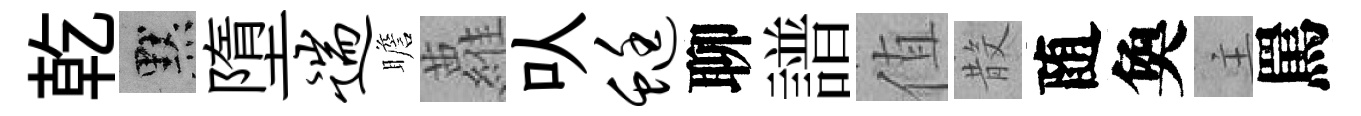
乾默墮遄瞻蘿㕥蜓聊譜值𣪚随奐主罵